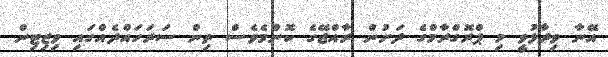
އޭނާ ވިދާޅުވީ މި ޕްރޮގްރާމްގެ ދަށުން ރާއްޖޭގެ ކޮންމެވެސް ތިން ސަރަހައްދެއްގައި ވިޒިޓިން